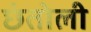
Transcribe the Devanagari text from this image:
छंतोली